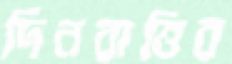
দিনরাত্তির